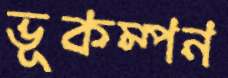
ভূকম্পন